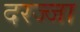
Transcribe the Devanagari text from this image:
दरज्जा